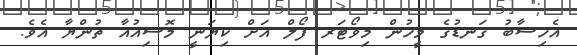
އެހިސާބު ގަނޑުގެ މީހުން މިވޯޓަރ ފޯލް އަށް ކިޔަނީ މޮސިއުއާ ތުންޔާ އެވެ.